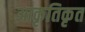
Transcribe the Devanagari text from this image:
आकृतिकृत